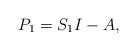
LaTeX: \begin{align*}P_1=S_1I-A,\end{align*}